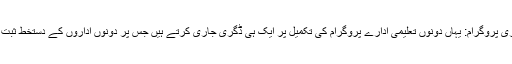
جائنٹ ڈگری پروگرام: یہاں دونوں تعلیمی ادارے پروگرام کی تکمیل پر ایک ہی ڈگری جاری کرتے ہیں جس پر دونوں اداروں کے دستخط ثبت ہوتے ہیں۔